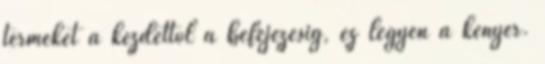
terméket a kezdettől a befejezésig, ez legyen a kenyér.